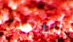
أسعد